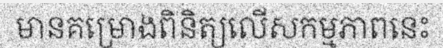
មានគម្រោងពិនិត្យលើសកម្មភាពនេះ